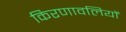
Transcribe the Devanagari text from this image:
किरणावलियों